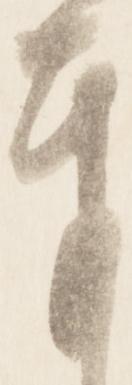
奉